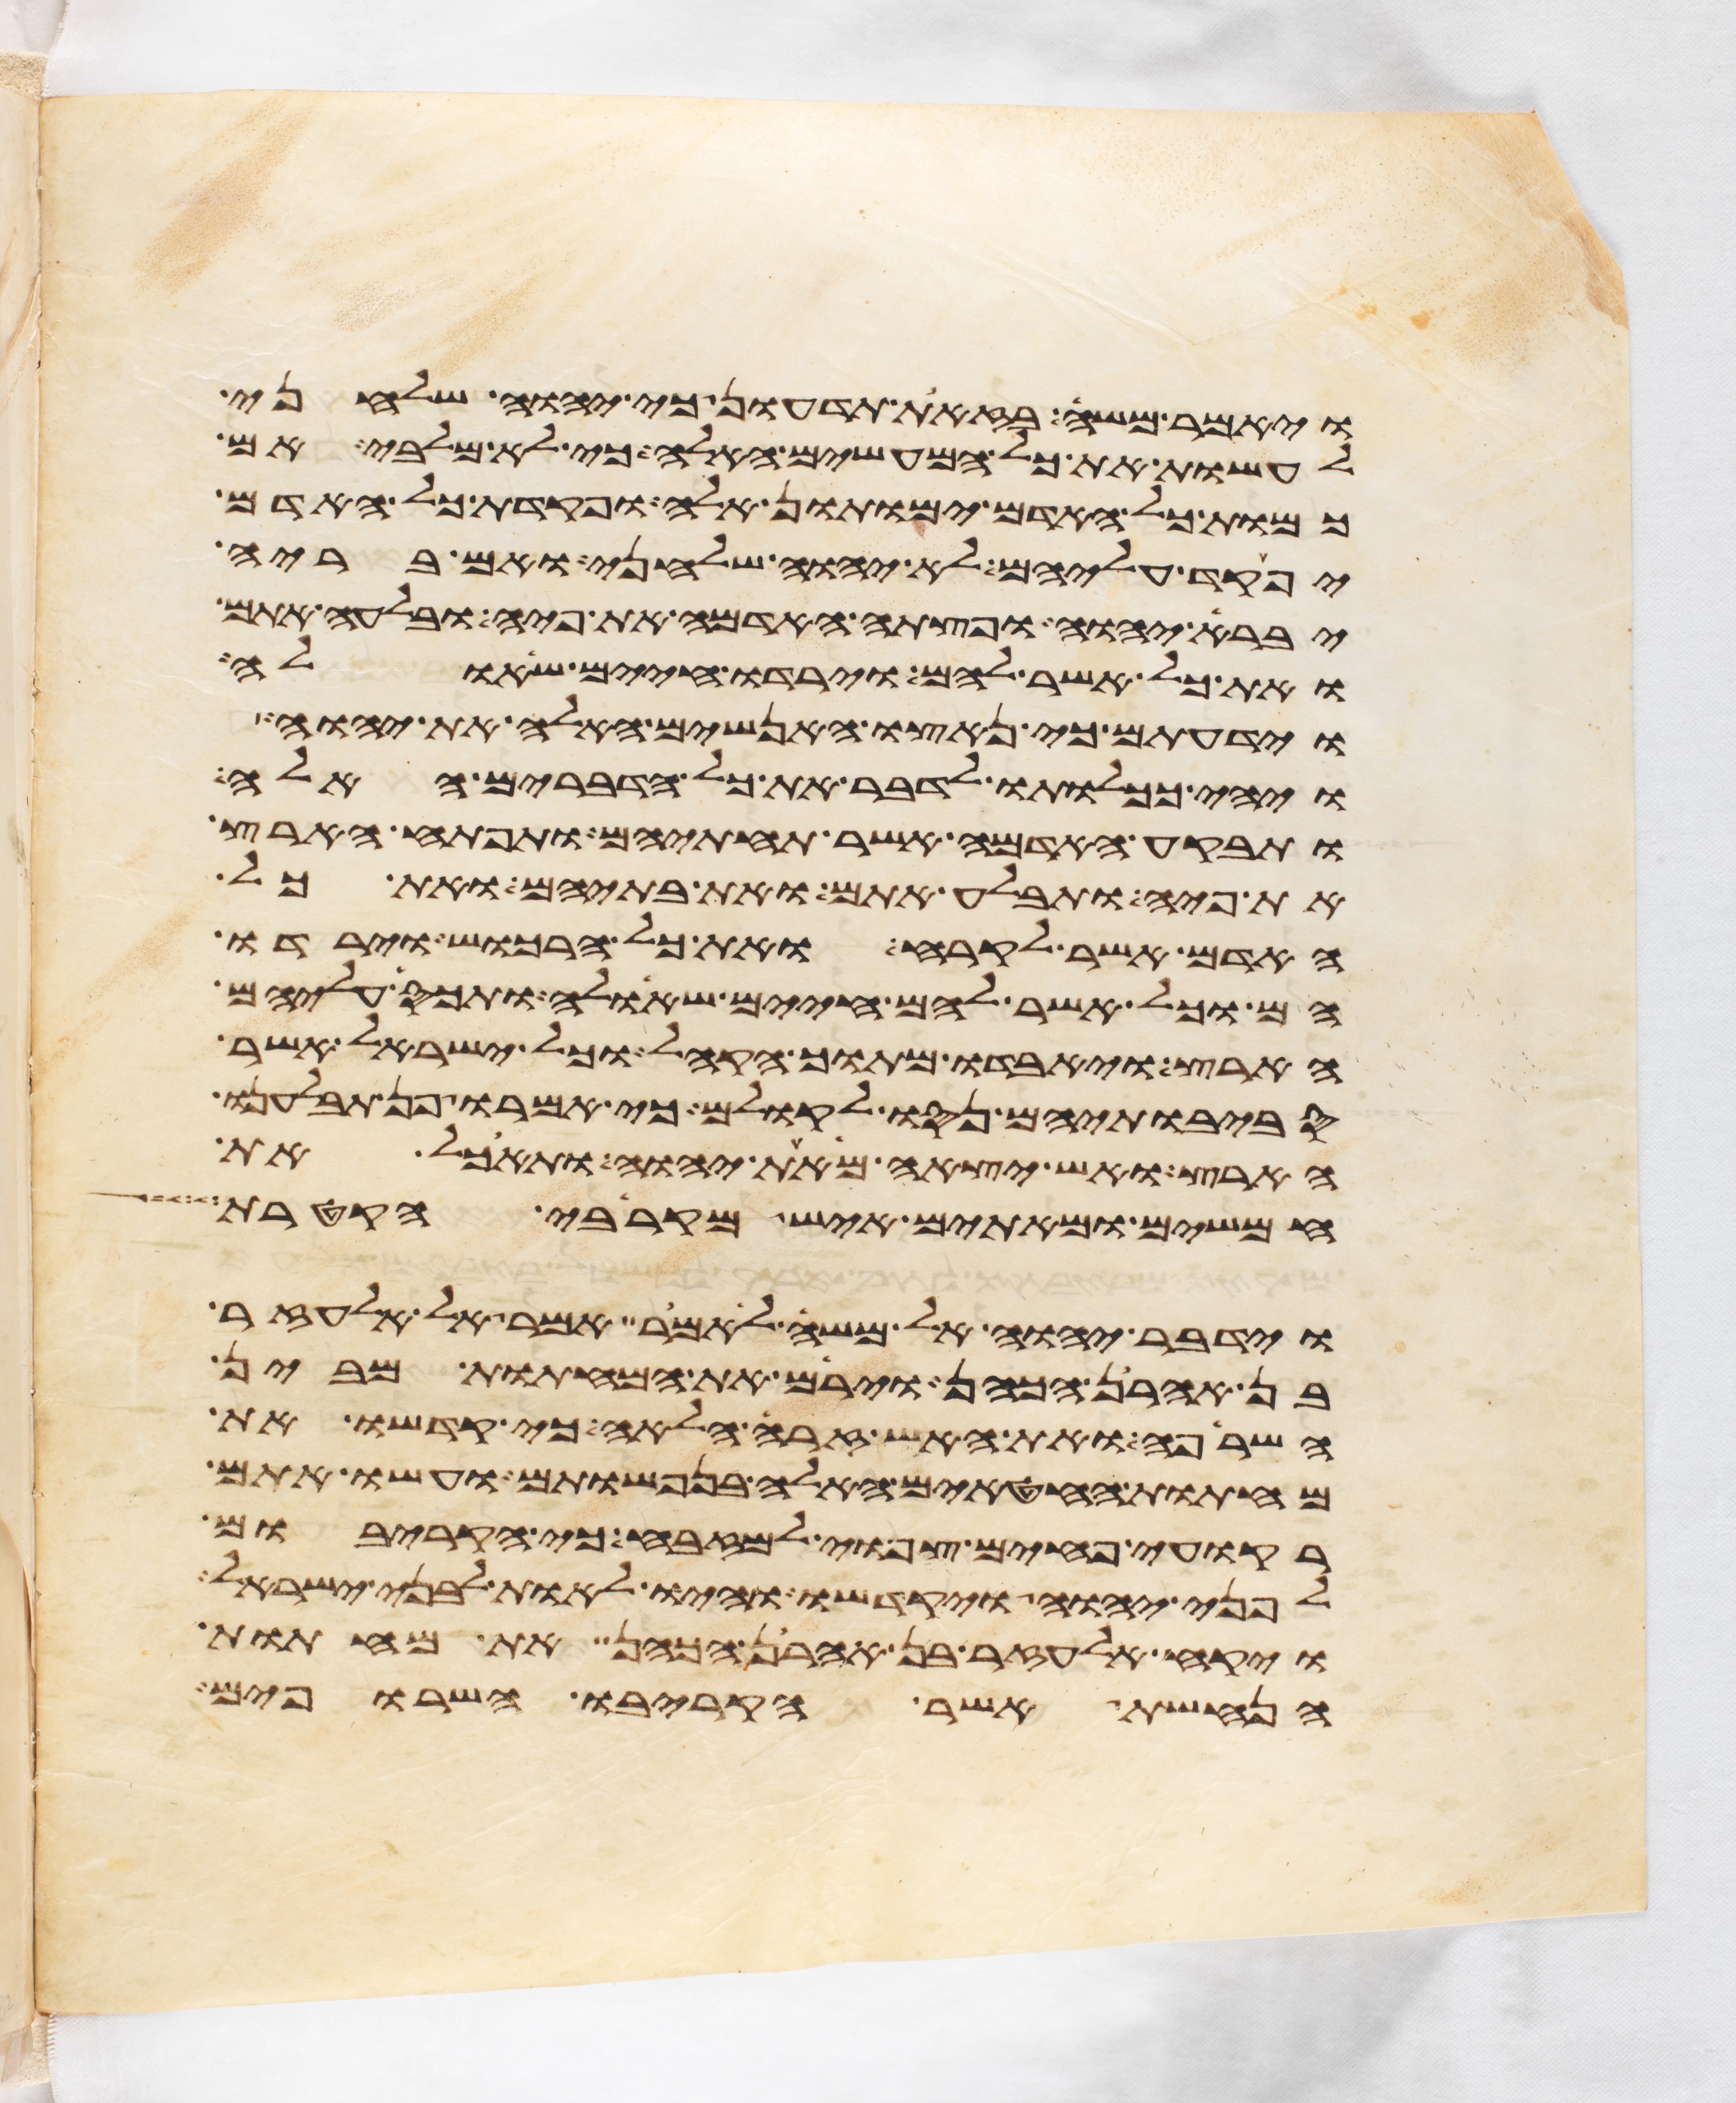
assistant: ויאמר משה בזאת תדעון כי יהוה שלחני
לעשות את כל המעשים האלה כי לא מלבי אם
כמות כל האדם ימותון אלה ופקדת כל האדם
יפקד עליהם לא יהוה שלחני ואם בריה
יברא יהוה ופצתה האדמה את פיה ובלעה אתם
ואת כל אשר להם וירדו חיים שאלה
וידעתם כי נאצו האנשים האלה את יהוה
ויהי ככלותו לדבר את כל הדברים האלה
ותבקע האדמה אשר תחתיהם ותפתח הארץ
את פיה ותבלע אתם ואת בתיהם ואת כל
האדם אשר לקרח ואת כל הרכוש וירדו
הם וכל אשר להם חיים שאלה ותכס עליהם
הארץ ויאבדו מתוך הקהל וכל ישראל אשר
סביבתיהם נסו לקולם כי אמרו פן תבלענו
הארץ ואש יצאה מאת יהוה ותאכל את
חמשים ומאתים איש מקרבי הקטרת
וידבר יהוה אל משה לאמר אמר אל אלעזר
בן אהרן הכהן וירם את המחתות מבין
השרפה ואת האש זרה הלאה כי קדשו את
מחתות החטאים האלה בנפשותם ועשו אתם
רקועי פחים צפואי למזבח כי הקריבום
לפני יהוה ויקדשו והיו לאות לבני ישראל
ויקח אלעזר בן אהרן הכהן את מחתות
הנחשת אשר הקריבו השרופים